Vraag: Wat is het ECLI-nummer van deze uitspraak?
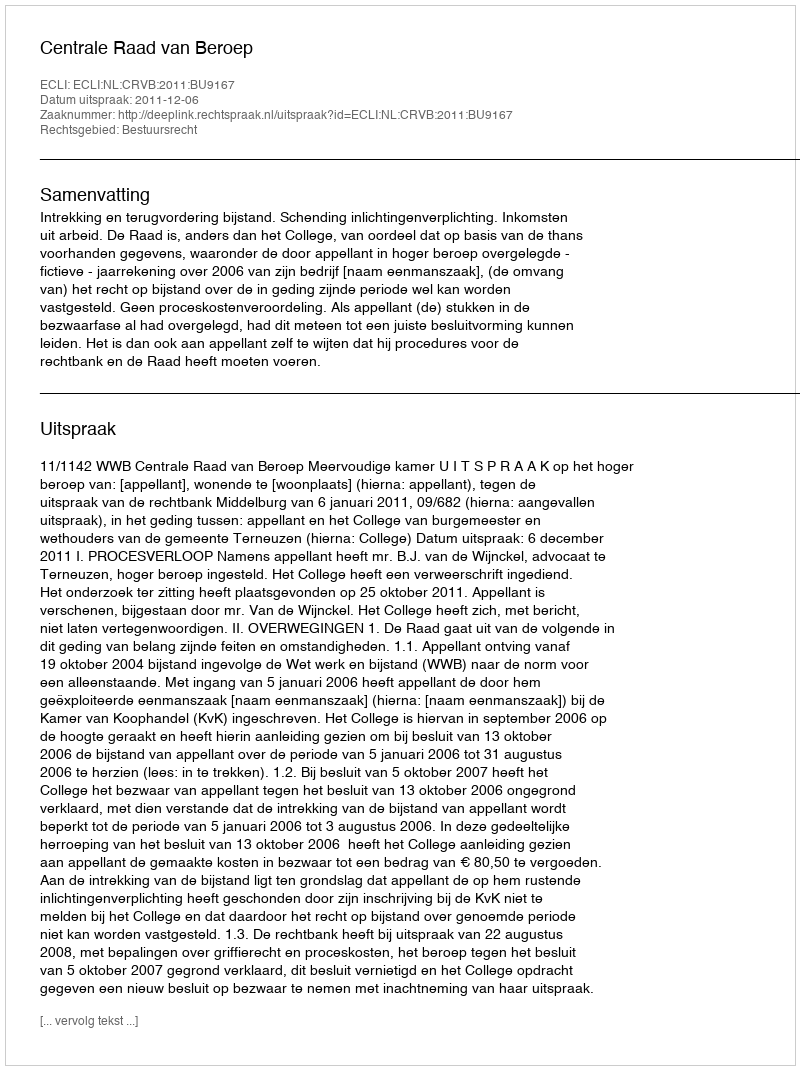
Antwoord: ECLI:NL:CRVB:2011:BU9167